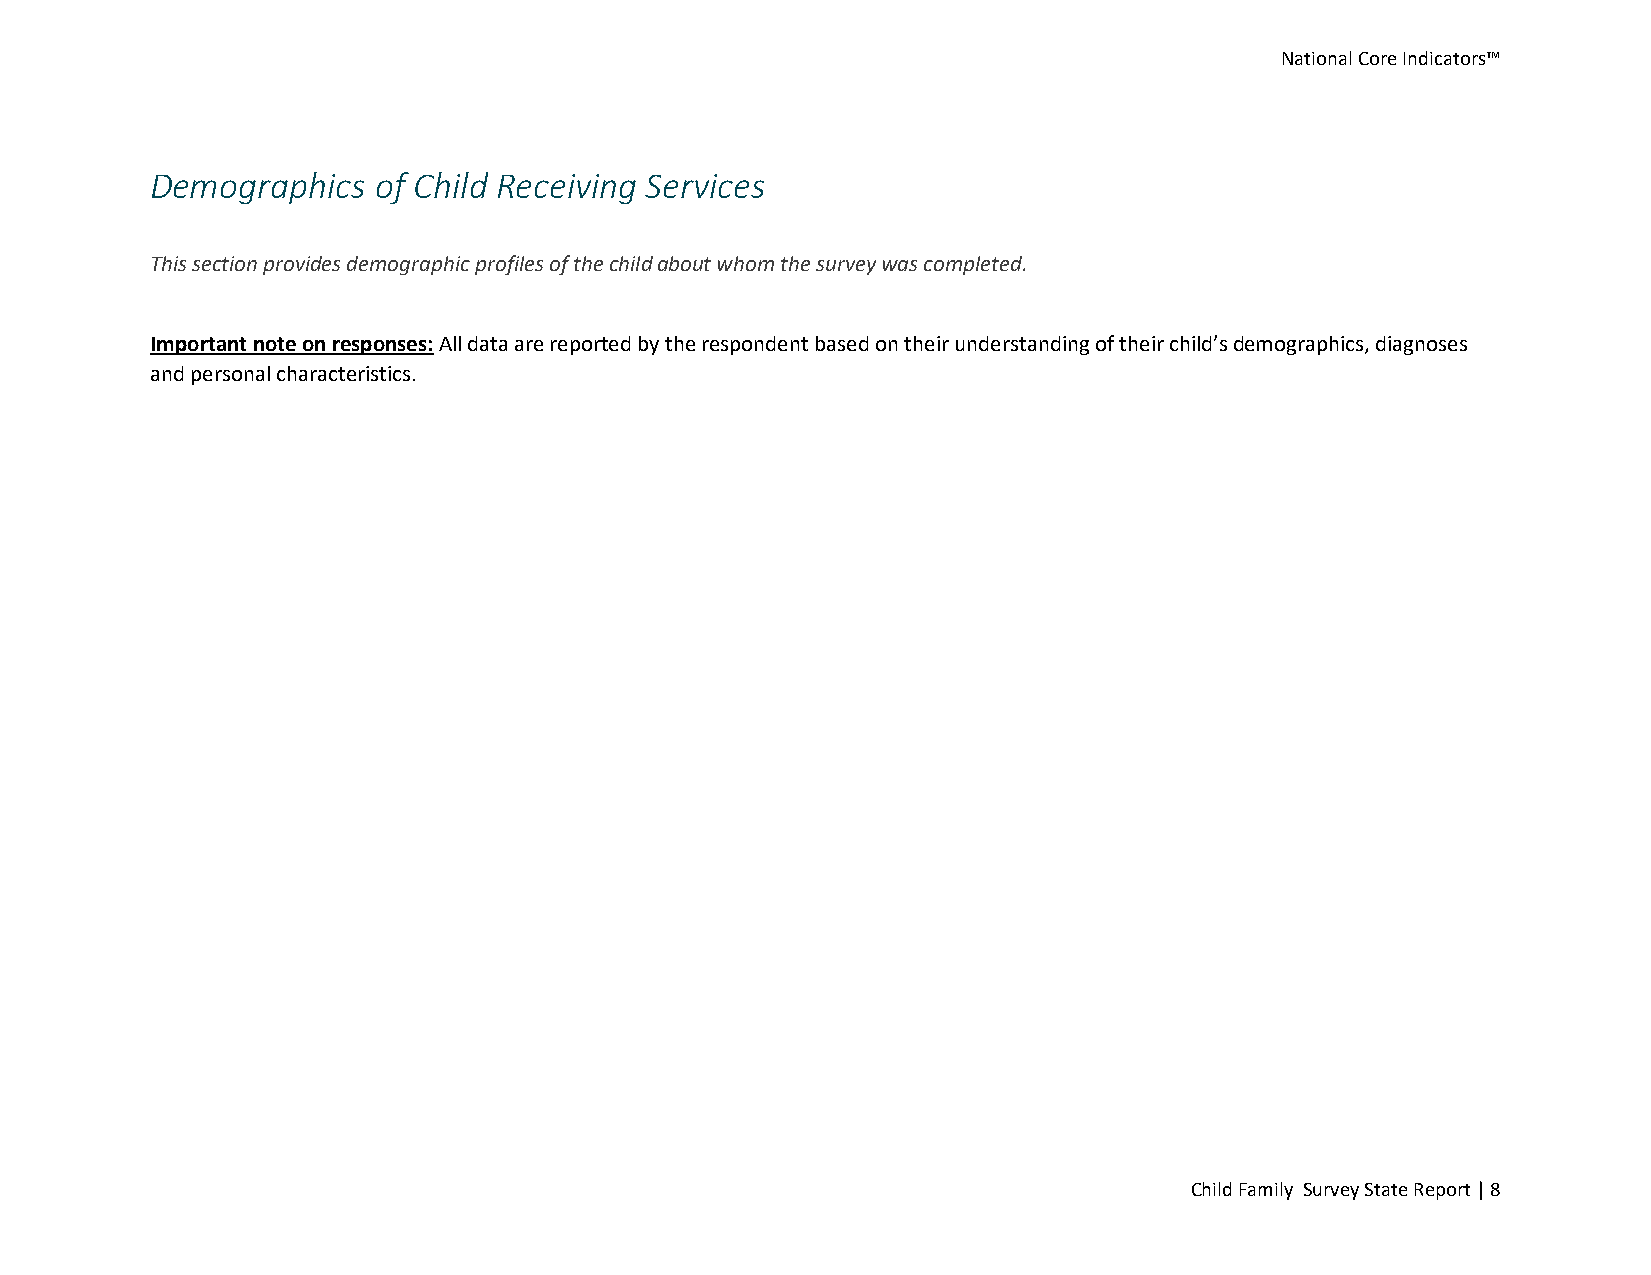
National Core Indicators™
 Demographics   of Child Receiving Services
 This section provides demographic profiles of the child about whom the survey was completed.
 Important note on responses: All data are reported by the respondent based on their understanding of their child’s demographics, diagnoses
 and personal characteristics.
 Child Family Survey State Report | 8